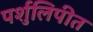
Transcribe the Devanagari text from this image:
पर्शुलिपीत